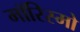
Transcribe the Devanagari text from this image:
मॉरिस्मो